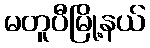
မတူပီမြို့နယ်